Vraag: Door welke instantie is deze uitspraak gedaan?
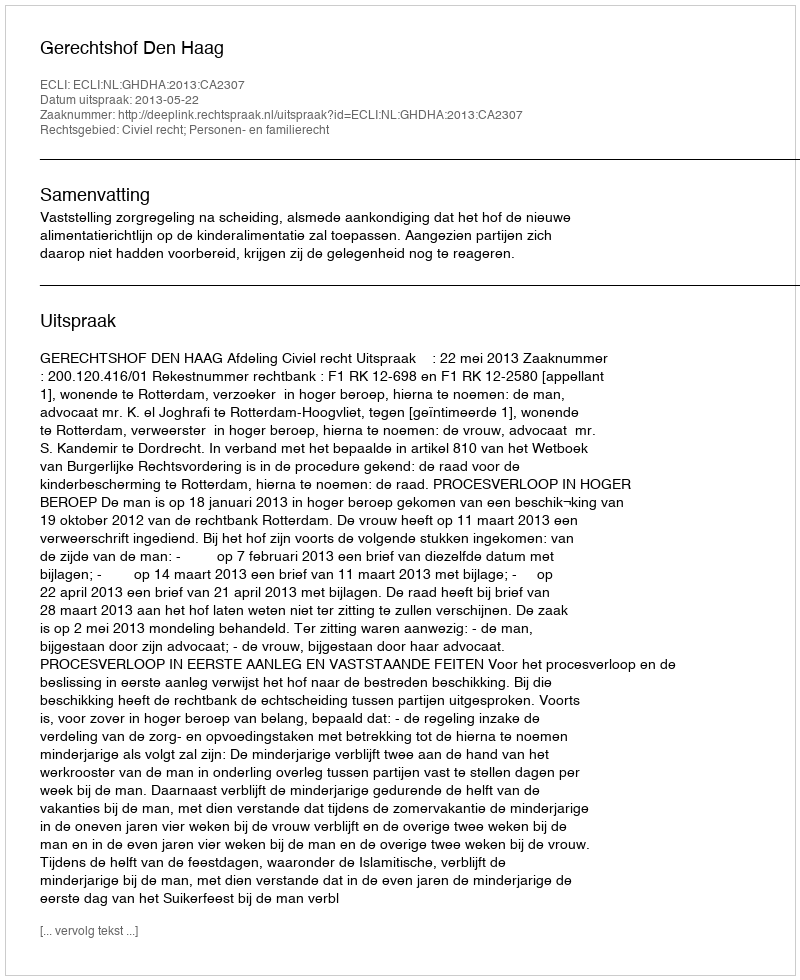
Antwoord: Gerechtshof Den Haag